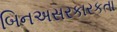
બિનઅસરકારકતા